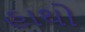
હાથો